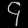
Digit: ၄